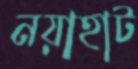
নয়াহাট